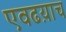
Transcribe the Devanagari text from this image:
एवढय़ाच